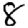
Digit: 8